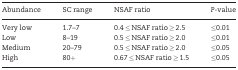
<table><thead><tr><td><b>Abundance</b></td><td><b>SC range</b></td><td><b>NSAF ratio</b></td><td><b><i>P</i>-value</b></td></tr></thead><tbody><tr><td>Very low</td><td>1.7–7</td><td>0.4 ≤ NSAF ratio ≥ 2.5</td><td>≤0.01</td></tr><tr><td>Low</td><td>8–19</td><td>0.5 ≤ NSAF ratio ≥ 2.0</td><td>≤0.01</td></tr><tr><td>Medium</td><td>20–79</td><td>0.5 ≤ NSAF ratio ≥ 2.0</td><td>≤0.05</td></tr><tr><td>High</td><td>80+</td><td>0.67 ≤ NSAF ratio ≥ 1.5</td><td>≤0.05</td></tr></tbody></table>